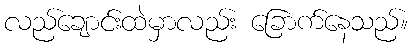
လည်ချောင်းထဲမှာလည်း ခြောက်နေသည်။